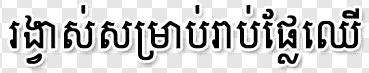
រង្វាស់សម្រាប់រាប់ផ្លែឈើ